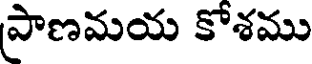
ప్రాణమయ కోశము